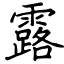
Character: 露